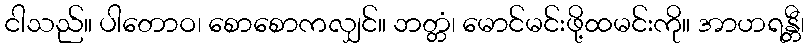
ငါသည်။ ပါတောဝ၊ စောစောကလျှင်။ ဘတ္တံ၊ မောင်မင်းဖို့ထမင်းကို။ အာဟရန္တီ၊